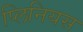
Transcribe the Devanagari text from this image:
प्लिनियस